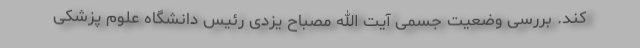
کند. بررسی وضعیت جسمی آیت الله مصباح یزدی رئیس دانشگاه علوم پزشکی